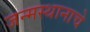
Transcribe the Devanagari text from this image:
जन्मस्थानाचे